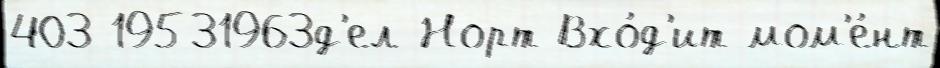
403 19531963д'ел-Норт Вхо́д'ит мом'е́нт